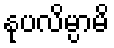
နုပလိမ္ပာမိ